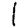
Digit: 1